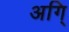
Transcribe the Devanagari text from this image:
अगि्